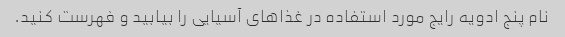
نام پنج ادویه رایج مورد استفاده در غذاهای آسیایی را بیابید و فهرست کنید.